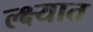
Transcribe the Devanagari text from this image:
ल्क्ष्यात